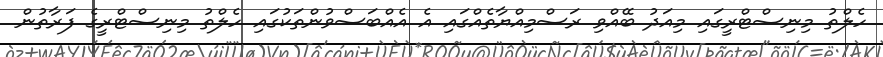
ހެލްތު މިނިސްޓްރީގައި މިއަދު ބޭއްވި ރަސްމިއްޔާތެއްގައި އެ އެއްބަސްވުންތަކުގައި ހެލްތު މިނިސްޓްރީގެ ފަރާތުން